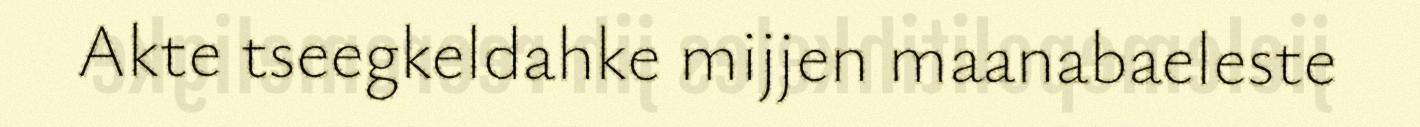
Akte tseegkeldahke mijjen maanabaeleste